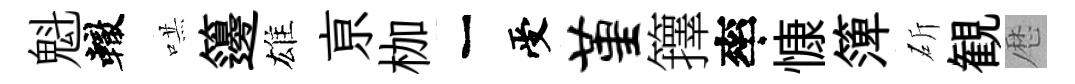
魁轍哄籩雄亰枷一受堇籜率慷𥱼斫観厯